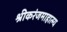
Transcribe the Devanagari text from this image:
श्रीकरंजमाहात्म्य